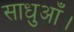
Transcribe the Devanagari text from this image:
साधुआँ।